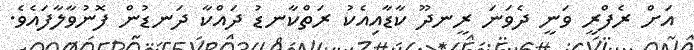
އަށް ރެފްރީ ވަނީ ދެވަނަ ރީނދޫ ކާޑާއިއެކު ރަތްކާނޑު ދައްކާ ދަނޑުން ފޮނުވާލާފައެވެ.